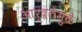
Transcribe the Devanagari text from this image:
आर्द्रतेमुळे